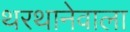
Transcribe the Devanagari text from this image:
थरथानेवाला